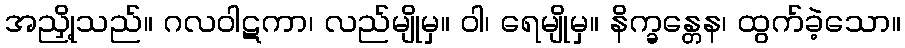
အညှို့သည်။ ဂလဝါဋကာ၊ လည်မျိုမှ။ ဝါ၊ ရေမျိုမှ။ နိက္ခန္တေန၊ ထွက်ခဲ့သော။